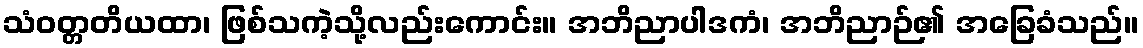
သံဝတ္တတိယထာ၊ ဖြစ်သကဲ့သို့လည်းကောင်း။ အဘိညာပါဒကံ၊ အဘိညာဉ်၏ အခြေခံသည်။